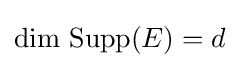
\operatorname {dim} \,\operatorname {Supp} (E)=d